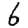
Digit: 6